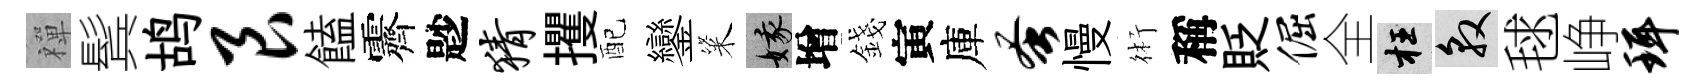
禪鬂鸪艮饁霽尟猜攫配鑾粢娥增錢寅庫蚤慢術稱貶倔全枉敦毬峥珥